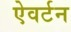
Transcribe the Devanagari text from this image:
ऐवर्टन